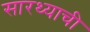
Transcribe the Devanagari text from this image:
सारथ्याची